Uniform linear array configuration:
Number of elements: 16
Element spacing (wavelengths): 1
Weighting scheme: hann
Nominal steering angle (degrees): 60
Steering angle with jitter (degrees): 58.952
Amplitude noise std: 0.05
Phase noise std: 0.05

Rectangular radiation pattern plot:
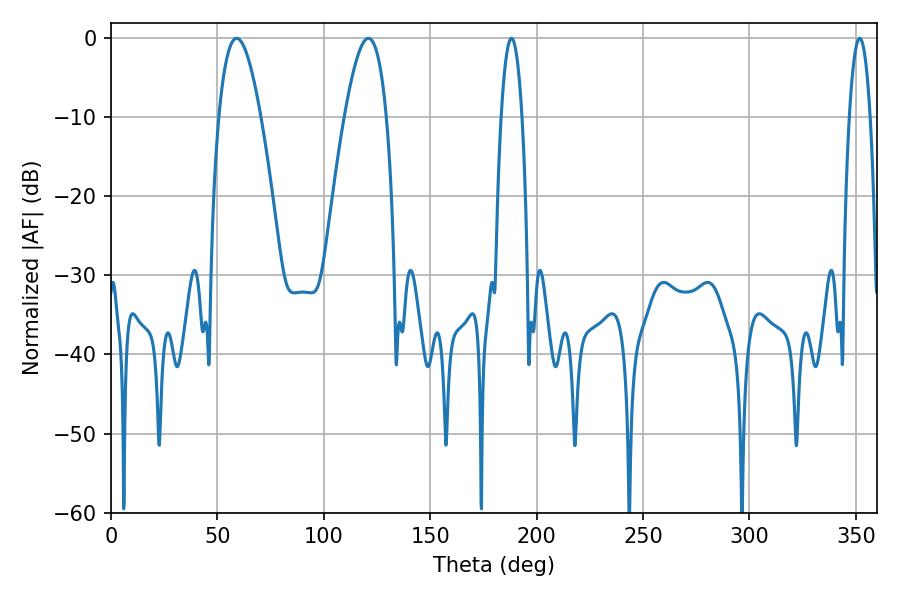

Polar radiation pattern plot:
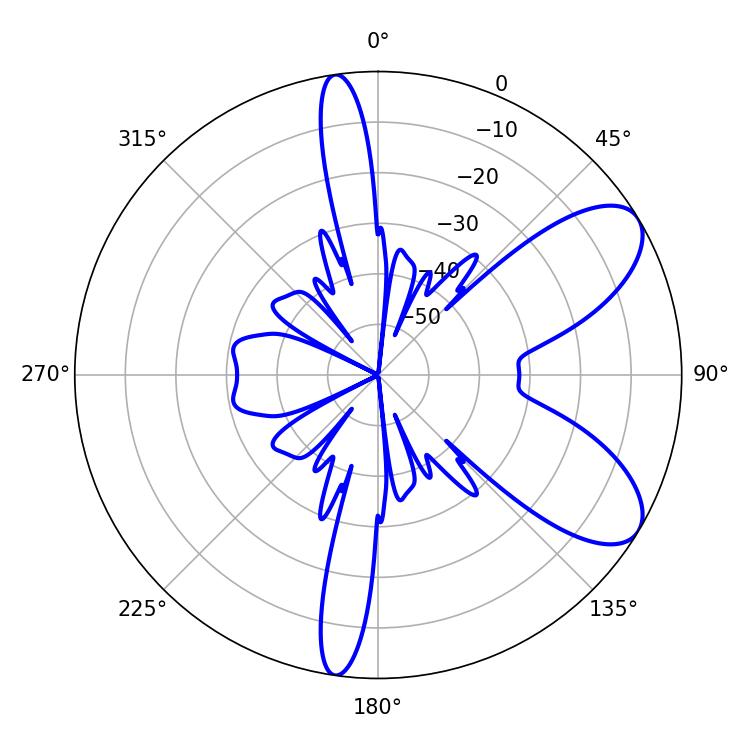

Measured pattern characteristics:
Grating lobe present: TRUE
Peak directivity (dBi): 7.95
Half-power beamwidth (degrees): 10.62
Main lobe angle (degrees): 59.04